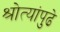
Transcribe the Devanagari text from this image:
श्रोत्यांपुढे